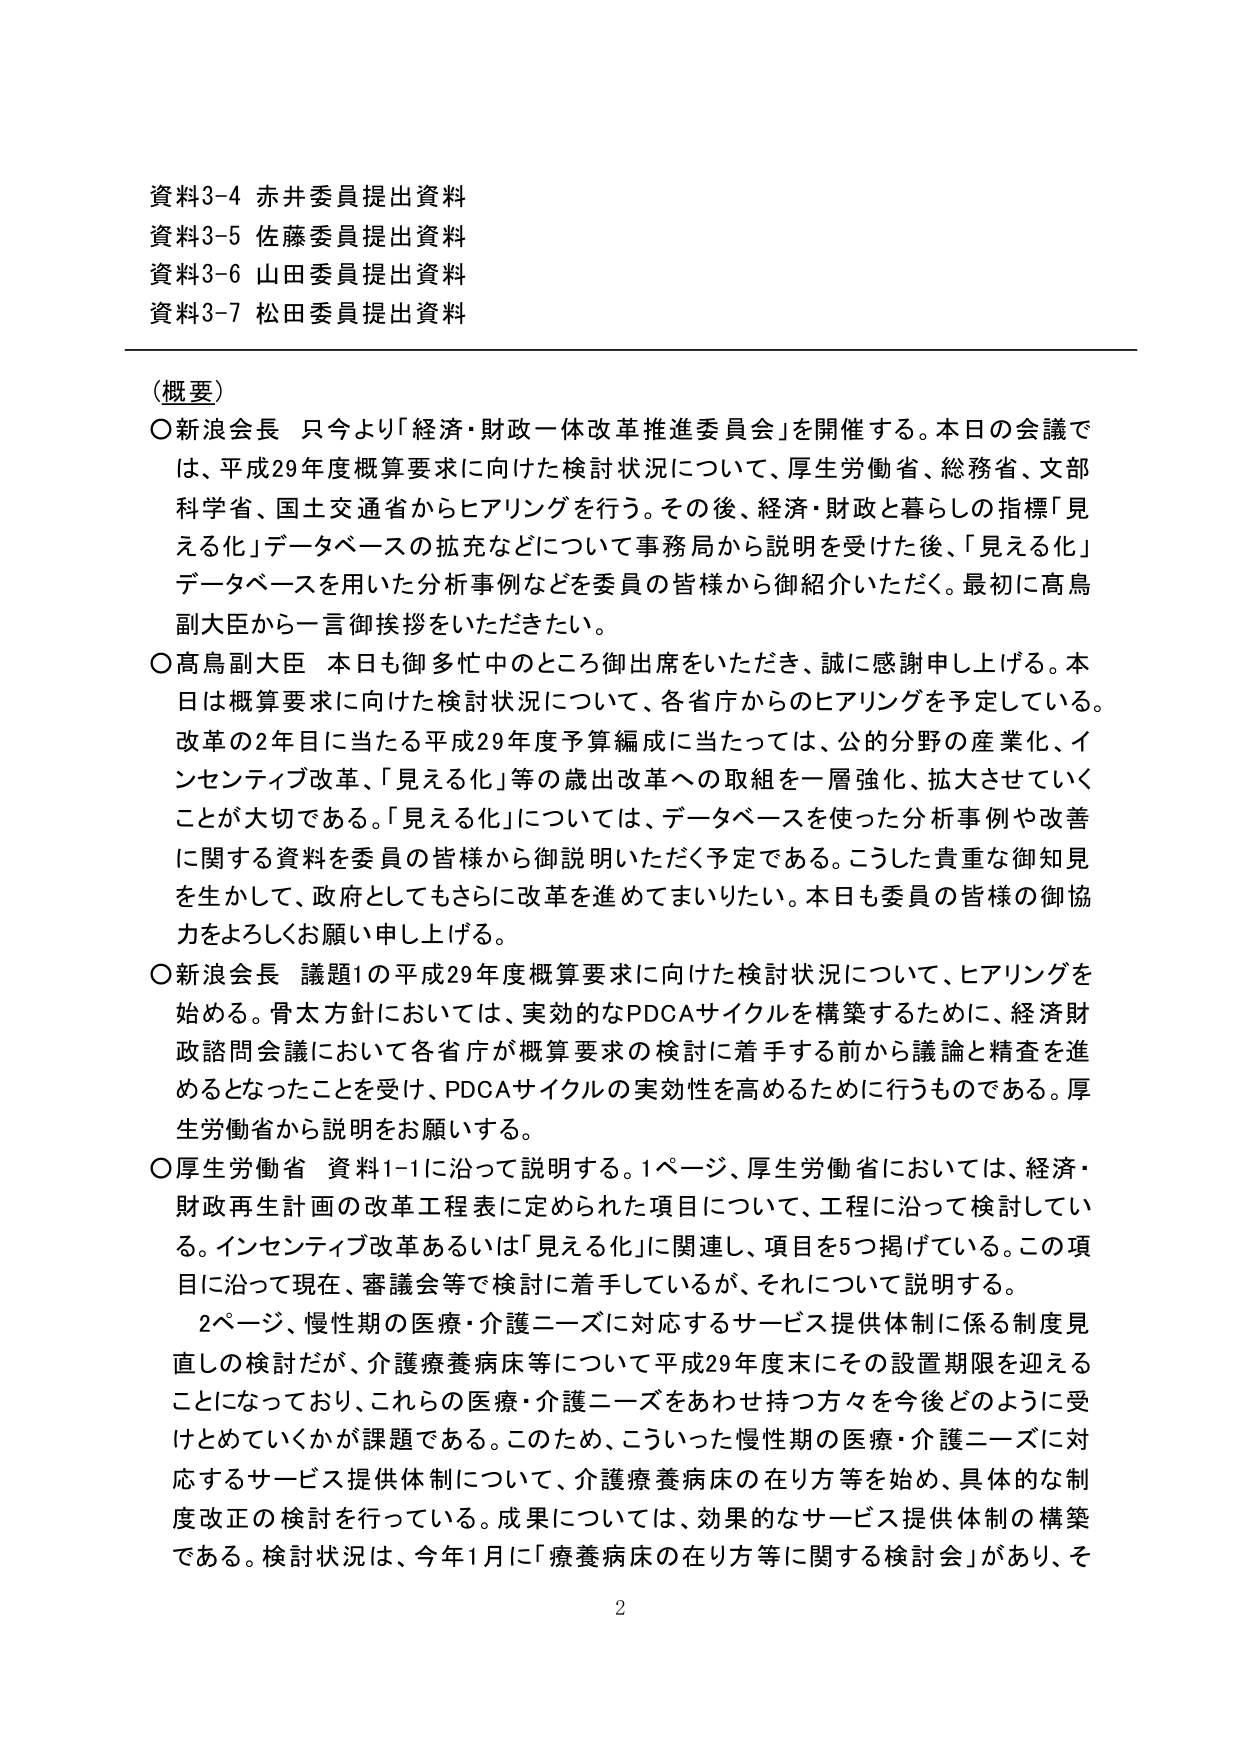
資料3-4 赤井委員提出資料
資料3-5 佐藤委員提出資料
資料3-6 山田委員提出資料
資料3-7 松田委員提出資料

（概要）
○新浪会長 只今より「経済・財政一体改革推進委員会」を開催する。本日の会議では、平成29年度概算要求に向けた検討状況について、厚生労働省、総務省、文部科学省、国土交通省からヒアリングを行う。その後、経済・財政と暮らしの指標「見える化」データベースの拡充などについて事務局から説明を受けた後、「見える化」データベースを用いた分析事例などを委員の皆様から御紹介いただく。最初に高鳥副大臣から一言御挨拶をいただきたい。

○高鳥副大臣 本日も御多忙中のところ御出席をいただき、誠に感謝申し上げる。本日は概算要求に向けた検討状況について、各省庁からのヒアリングを予定している。改革の2年目に当たる平成29年度予算編成に当たっては、公的分野の産業化、インセンティブ改革、「見える化」等の歳出改革への取組を一層強化、拡大させていくことが大切である。「見える化」については、データベースを使った分析事例や改善に関する資料を委員の皆様から御説明いただく予定である。こうした貴重な御知見を生かして、政府としてもさらに改革を進めてまいりたい。本日も委員の皆様の御協力をよろしくお願い申し上げる。

○新浪会長 議題1の平成29年度概算要求に向けた検討状況について、ヒアリングを始める。骨太方針においては、実効的なPDCAサイクルを構築するために、経済財政諮問会議において各省庁が概算要求の検討に着手する前から議論と精査を進めるとなったことを受け、PDCAサイクルの実効性を高めるために行うものである。厚生労働省から説明をお願いする。

○厚生労働省 資料1-1に沿って説明する。1ページ、厚生労働省においては、経済・財政再生計画の改革工程表に定められた項目について、工程に沿って検討している。インセンティブ改革あるいは「見える化」に関連し、項目を5つ掲げている。この項目に沿って現在、審議会等で検討に着手しているが、それについて説明する。

　2ページ、慢性期の医療・介護ニーズに対応するサービス提供体制に係る制度見直しの検討だが、介護療養病床等について平成29年度末にその設置期限を迎えることになっており、これらの医療・介護ニーズをあわせ持つ方々を今後どのように受けとめていくかが課題である。このため、こういった慢性期の医療・介護ニーズに対応するサービス提供体制について、介護療養病床の在り方等を始め、具体的な制度改正の検討を行っている。成果については、効果的なサービス提供体制の構築である。検討状況は、今年1月に「療養病床の在り方等に関する検討会」があり、そ

2